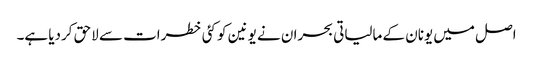
اصل میں یونان کے مالیاتی بحران نے یونین کو کئی خطرات سے لاحق کردیا ہے۔